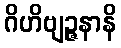
ဂိဟိဗျဉ္ဇနာနိ